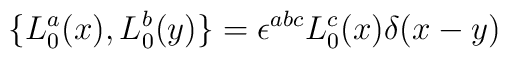
\{ L_{0}^{a}(x), L_{0}^{b}(y) \} = \epsilon^{abc} L_{0}^{c}(x)\delta (x-y)